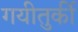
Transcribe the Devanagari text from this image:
गयीतुर्की